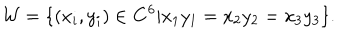
LaTeX: { \cal W } = \{ ( x _ { i } , y _ { i } ) \in { \bf C } ^ { 6 } | x _ { 1 } y _ { 1 } = x _ { 2 } y _ { 2 } = x _ { 3 } y _ { 3 } \} .